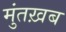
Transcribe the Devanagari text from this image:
मुंतख़ब